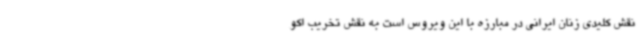
نقش کلیدی زنان ایرانی در مبارزه با این ویروس است به نقش تخریب اکو